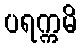
ပရက္ကမိ